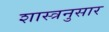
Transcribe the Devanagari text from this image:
शास्त्रनुसार